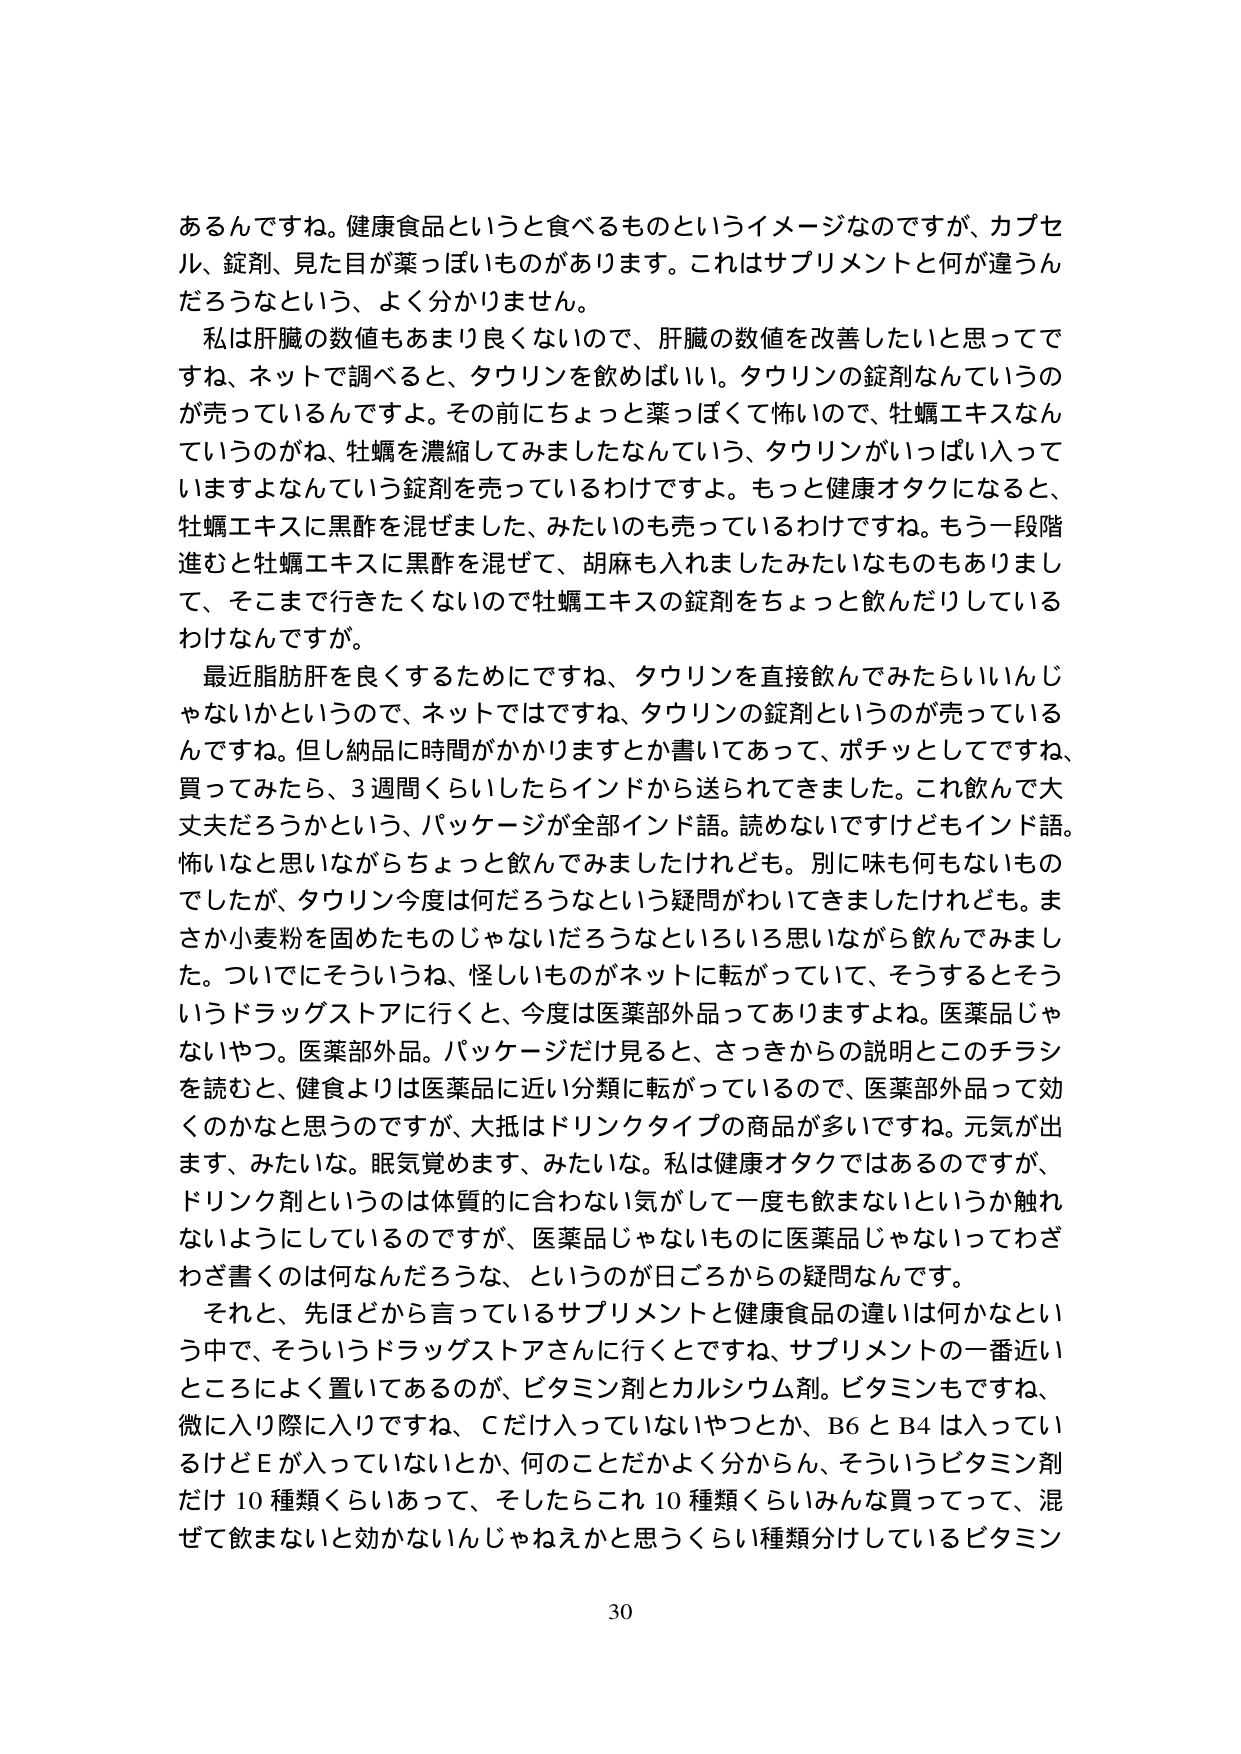
あるんですね。健康食品というと食べるもとのイメージなのですが、カプセル、錠剤、見た目が薬っぽいものがあります。これはサプリメントと何が違うんだろうなという、よく分かりません。

私は肝臓の数値もあまり良くないので、肝臓の数値を改善したいと思ってですね、ネットで調べると、タウリンを飲めばいい。タウリンの錠剤なんていうのが売っているんですよ。その前にちょっと薬っぽくて怖いので、牡蠣エキスなんていうのがね、牡蠣を濃縮してみましたなんていう、タウリンがいっぱい入っていますよなんていう錠剤を売っているわけですよ。もっと健康オタクになると、牡蠣エキスに黒酢を混ぜました、みたいのも売っているわけですね。もう一段階進むと牡蠣エキスに黒酢を混ぜて、胡麻も入れましたみたいなものもありまして、そこまで行きたくないのですで牡蠣エキスの錠剤をちょっと飲んだりしているわけなんですが。

最近脂肪肝を良くするためにですね、タウリンを直接飲んでみたらいいんじゃないかというので、ネットではですね、タウリンの錠剤というのが売っているんですね。但し納品に時間がかかりますとか書いてあって、ポチッとしてですね、買ってみたら、3週間くらいしたらインドから送られてきました。これ飲んで大丈夫だろうかという、パッケージが全部インド語。読めないですけどもインド語。怖いなと思いながらちょっと飲んでみましたけれども。別に味も何もないものでしたが、タウリン今度は何だろうなという疑問がわいてきましたけれども。まさか小麦粉を固めたものじゃないだろうなという思いながら飲んでみました。ついでにそういうね、怪しいものがネットに転がっていて、そうするとそういうドラッグストアに行くと、今度は医薬部外品ってありますよね。医薬品じゃないやつ。医薬部外品。パッケージだけ見ると、さっきからの説明とこのチラシを読むと、健食よりは医薬品に近い分類に転がっているので、医薬部外品って効くのかなと思うのですが、大抵はドリンクタイプの商品が多いですね。元気が出ます、みたいな。眠気覚めます、みたいな。私は健康オタクではあるのですが、ドリンク剤というのは体質的に合わない気がして一度も飲まないというか触れないようにしているのですが、医薬品じゃないものに医薬品じゃないってわざわざ書くのは何なんだろうな、というのが日ごろからの疑問なんです。

それと、先ほどから言っているサプリメントと健康食品の違いは何かなという中で、そういうドラッグストアさんに行くとですね、サプリメントの一番近いところによく置いてあるのが、ビタミン剤とカルシウム剤。ビタミンもですね、微に入り際に入りですね、Cだけ入っていないやつとか、B6とB4は入っているけどEが入っていないとか、何のことだかよく分からん、そういうビタミン剤だけ10種類くらいあって、そしたらこれ10種類くらいみんな買ってって、混ぜて飲まないと効かないんじゃねえかと思うくらい種類分けしているビタミン

30